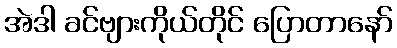
အဲဒါ ခင်ဗျားကိုယ်တိုင် ပြောတာနော်